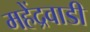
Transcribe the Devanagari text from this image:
महेंद्रवाडी